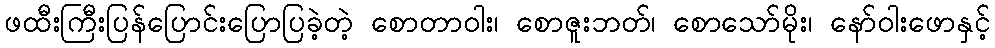
ဖထီးကြီးပြန်ပြောင်းပြောပြခဲ့တဲ့ စောတာဝါး၊ စောဇူးဘတ်၊ စောသော်မိုး၊ နော်ဝါးဖောနှင့်